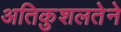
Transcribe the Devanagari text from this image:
अतिकुशलतेने